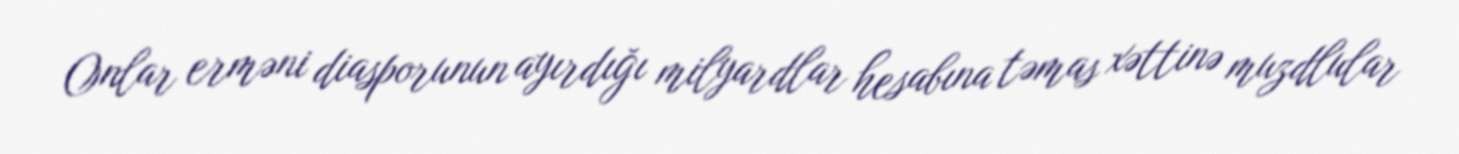
Onlar erməni diasporunun ayırdığı milyardlar hesabına təmas xəttinə muzdlular